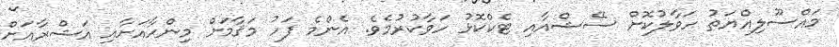
މައްސޫލިއްޔަތު ހަވާލުކޮށް ސޭޝްއާއި ޓެކްކޮޅު ހަވާކުރުމެވެ. އެންމެ ފަހު މަޤާމަށް މިންހާއަށާއި އަޝްރާއަށް